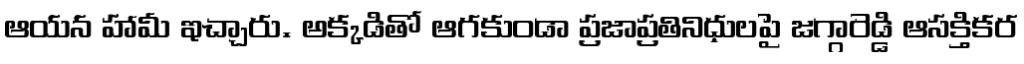
ఆయన హామీ ఇచ్చారు. అక్కడితో ఆగకుండా ప్రజాప్రతినిధులపై జగ్గారెడ్డి ఆసక్తికర